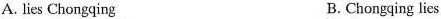
A. lies Chongqing B. Chongqing lies